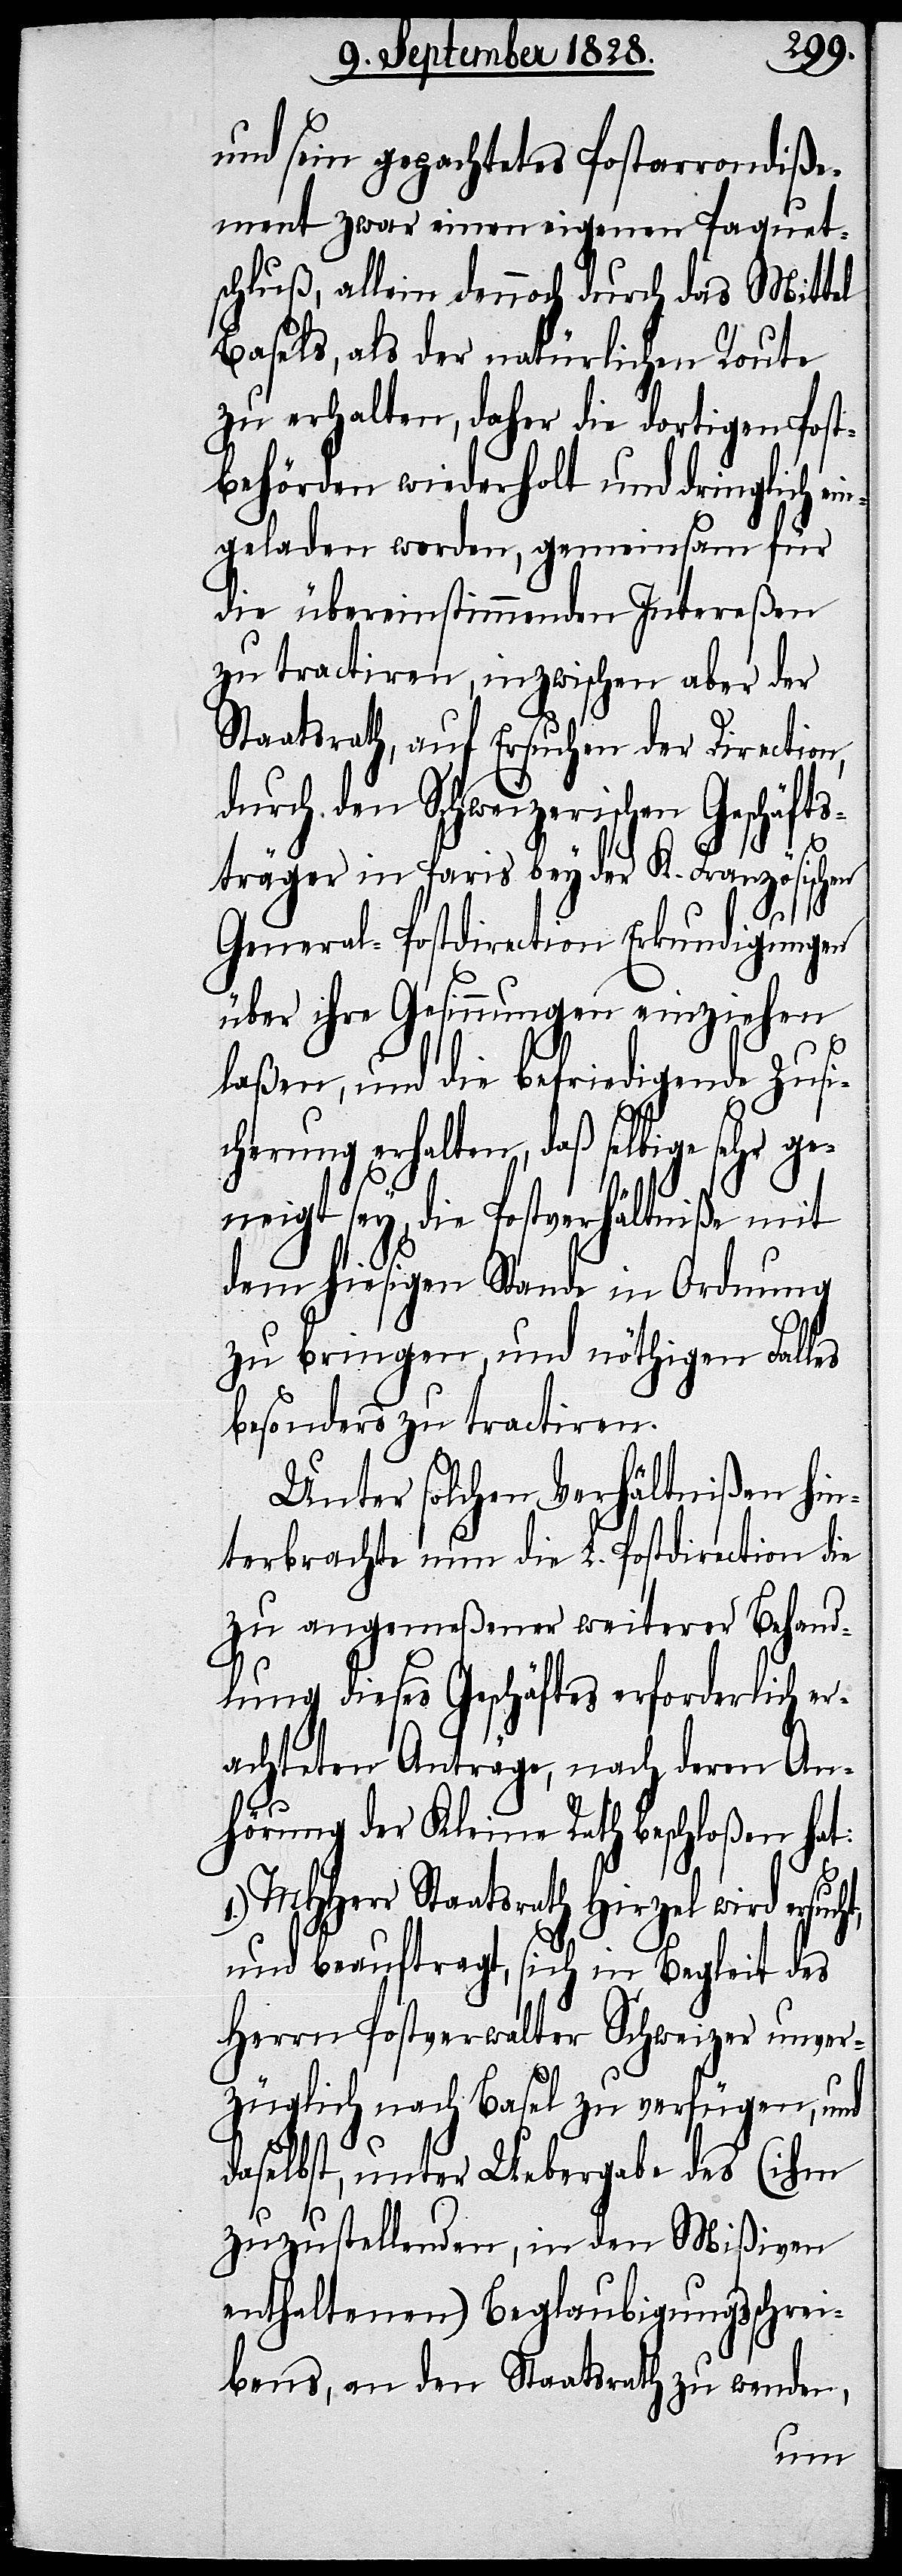
und sein gepachtetes Postarrondiße¬
ment zwar einen eigenen Paquet¬
schluß, allein dennoch durch das Mittel
Basels, als der natürlichen Route
zu erhalten, daher die dortigen Post¬
behörden wiederholt und dringlich ein¬
geladen worden, gemeinsam für
die überstimmenden Intereßen
zu tractiren, inzwischen aber der
Staatsrath, auf Ersuchen der Direction,
durch den Schweizerischen Geschäfts¬
ht,
träger in Paris bey der K. Französischen
General-Postdirection Erkundigungen
über ihre Gesinnungen einziehen
laßen, und die befriedigende Zusi¬
cherung erhalten, daß selbige sehr ge¬
neigt sey, die Postverhältniße mit
dem hiesigen Stande in Ordnung
zu bringen und nöthigen Falles
besonders zu tractiren.
Unter solchen Verhältnißen hin¬
terbrachte nun die L. Postdirection die
zu angemeßener weiterer Behand¬
lung dieses Geschäftes erforderlich er¬
achteten Anträge, nach deren An¬
hörung der Kleine Rath beschloßen hat:
MHHerr Staatsrath Hirzel wird ersuc¬
und beauftragt, sich in Begleit des
Herrn Postverwalter Schweizer unver¬
züglich nach Basel zu verfügen, und
daselbst, unter Uebergabe des (ihm
zuzustellenden, in den Mißiven
enthaltenen) Beglaubigungsschrei¬
bens, an den Staatsrath zu wenden,